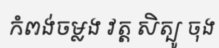
កំពង់ចម្លង វត្ត សិត្បូ ចុង